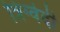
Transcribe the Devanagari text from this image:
त्रिग्वेदी